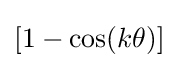
[1-\cos(k\theta )]